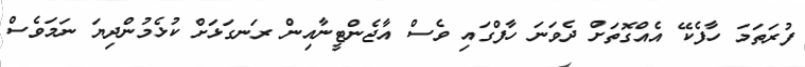
ފުރަތަމަ ހާފެކޭ އެއްގޮތަށް ދެވަނަ ހާފްގައި ވެސް އާޖެންޓީނާއިން ރަނގަޅަށް ކުޅެމުންދިޔަ ނަމަވެސް